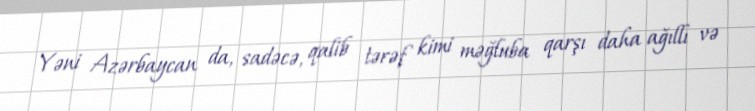
Yəni Azərbaycan da, sadəcə, qalib tərəf kimi məğluba qarşı daha ağıllı və